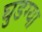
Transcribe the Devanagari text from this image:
घुडग्या